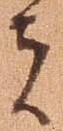
者